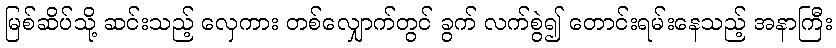
မြစ်ဆိပ်သို့ ဆင်းသည့် လှေကား တစ်လျှောက်တွင် ခွက် လက်စွဲ၍ တောင်းရမ်းနေသည့် အနာကြီး